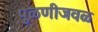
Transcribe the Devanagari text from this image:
पुळणीजवळ